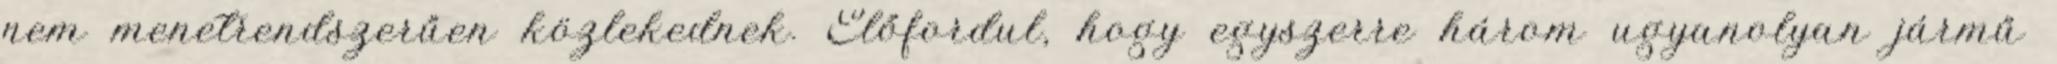
nem menetrendszerűen közlekednek. Előfordul, hogy egyszerre három ugyanolyan jármű